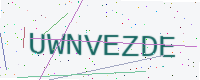
Text: UWNVEZDE